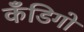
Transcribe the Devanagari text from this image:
कँडिगो